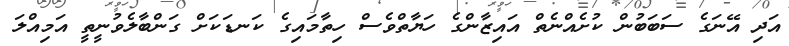
އަދި އޭނަގެ ސަބަބުން ކުށެއްނެތް އައިޒާންގެ ހަޔާތްވެސް ހިތާމައިގެ ކަނޑަކަށް ގަންބާލެވުނީތީ އަމިއްލަ